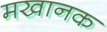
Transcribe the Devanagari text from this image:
मखानक